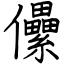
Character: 儽